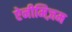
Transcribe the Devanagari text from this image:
ऐनीमिज़म